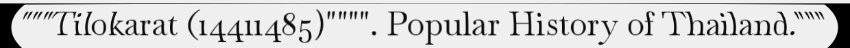
"""Tilokarat (14411485)"""". Popular History of Thailand."""